Report on vaccination in Madras 1904-1921 - 1904-1921
Year: 1904
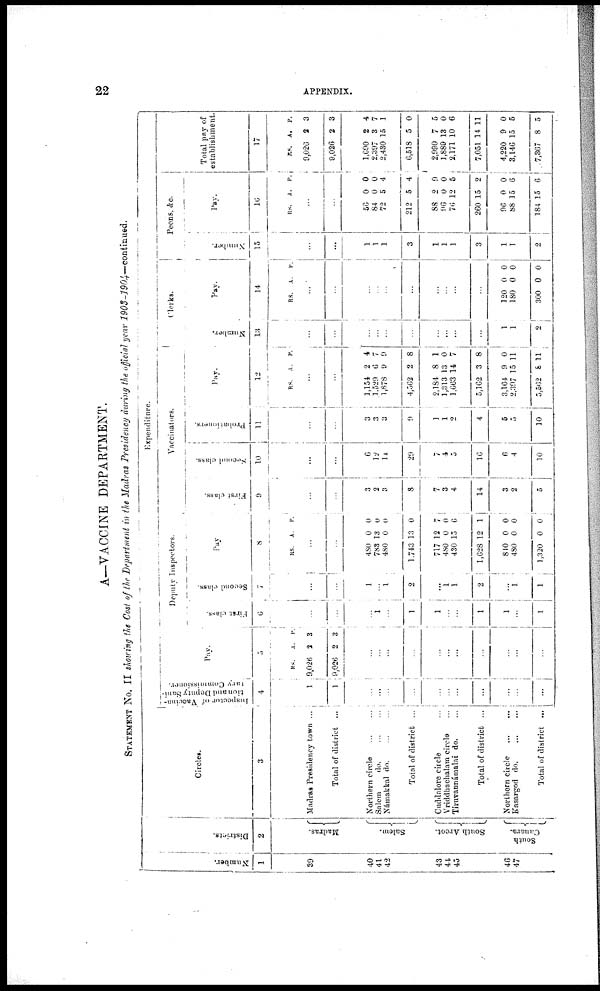
22
APPENDIX.
A—VACCINE DEPARTMENT.
STATEMENT No. II showing the Cost of the Department in the Madras Presidency during the official year
1903-1904—continued.
Number.
1
39
40
41
42
43
44
45
46
47
Districts.
2
Madras.
Salem.
South Arcot.
South
Canara.
Circles.
3
Madras Presidency town ...
Total of district ...
Northern circle
...
...
Salem
do.
...
...
Námakkal do. ... ...
Total of district ...
Cuddalore circle ...
Vriddhachalam circle ...
Tiruvannámalai do. ...
Total of district ...
Northern circle
...
...
Kasargod d
o
. ... ...
Total of district ...
Expenditure.
Inspector of Vaccina¬
tion and Deputy Sani-
tary Commissioner.
4
1
1
...
...
...
...
...
...
...
...
...
...
...
Deputy Inspectors.
Pay.
5
RS.
9,026
9,026
A.
2
2
P.
3
3
...
...
...
...
...
...
...
...
...
...
...
First class.
6
...
...
...
1
...
1
1
...
...
1
1
...
1
Second class.
7
...
...
1
...
1
2
...
1
1
2
...
1
1
Pay
8
RS.
A. P.
...
...
480
783
480
1,743
717
480
430
1,628
840
480
1,320
0
13
0
13
12
0
15
12
0
0
0
0
0
0
0
7
0
6
1
0
0
0
Vaccinators.
First class.
9
...
...
3
2
3
8
7
3
4
14
3
2
5
Second class.
10
...
...
6
12
11
29
7
4
5
16
6
4
10
Probationers.
11
...
...
3
3
3
9
1
1
2
4
5
5
10
Pay.
12
RS. A. P.
...
...
1,154
1,529
1,878
4,562
2,184
1,313
1,663
5,162
3,164
2,397
5,562
2
6
9
2
8
13
14
3
9
15
8
4
7
9
8
1
0
7
8
0
11
11
Clerks.
Number.
13
...
...
...
...
...
...
...
...
...
...
1
1
2
Pay.
14
RS. A. P.
...
...
...
...
...
...
...
...
...
...
120
180
300
0
0
0
0
0
0
Peons, &c.
Number.
15
...
...
1
1
1
3
1
1
1
3
1
1
2
Pay
16
RS. A. P.
...
...
56
84
72
212
88
96
76
260
96
88
184
0
0
5
5
9
0
12
15
0
15
15
0
0
4
4
9
0
5
2
0
6
6
Total pay of
establishment.
17
RS.
9,026
9,026
1,690
2,397
2,430
6,518
2,990
1,889
2,171
7,051
4,220
3,146
7,367
A.
2
2
2
3
15
5
7
13
10
14
9
15
8
P.
3
3
4
7
1
0
5
0
6
11
0
5
5